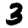
Digit: 3